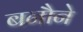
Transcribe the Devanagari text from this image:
बनौने